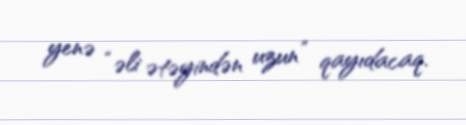
yenə “əli ətəyindən uzun” qayıdacaq.